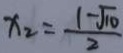
x _ { 2 } = \frac { 1 - \sqrt { 1 0 } } { 2 }